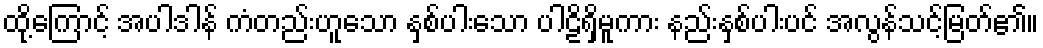
ထို့ကြောင့် အပါဒါန် ကံတည်းဟူသော နှစ်ပါးသော ပါဠိရှိမူကား နည်းနှစ်ပါးပင် အလွန်သင့်မြတ်၏။